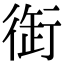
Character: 衘